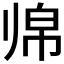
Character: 𱍲